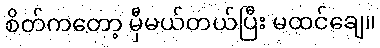
စိတ်ကတော့ မှီမယ်တယ်ပြီး မထင်ချေ။